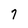
Character: 7